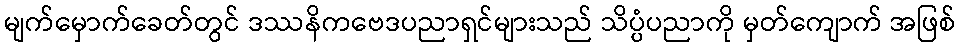
မျက်မှောက်ခေတ်တွင် ဒဿနိကဗေဒပညာရှင်များသည် သိပ္ပံပညာကို မှတ်ကျောက် အဖြစ်